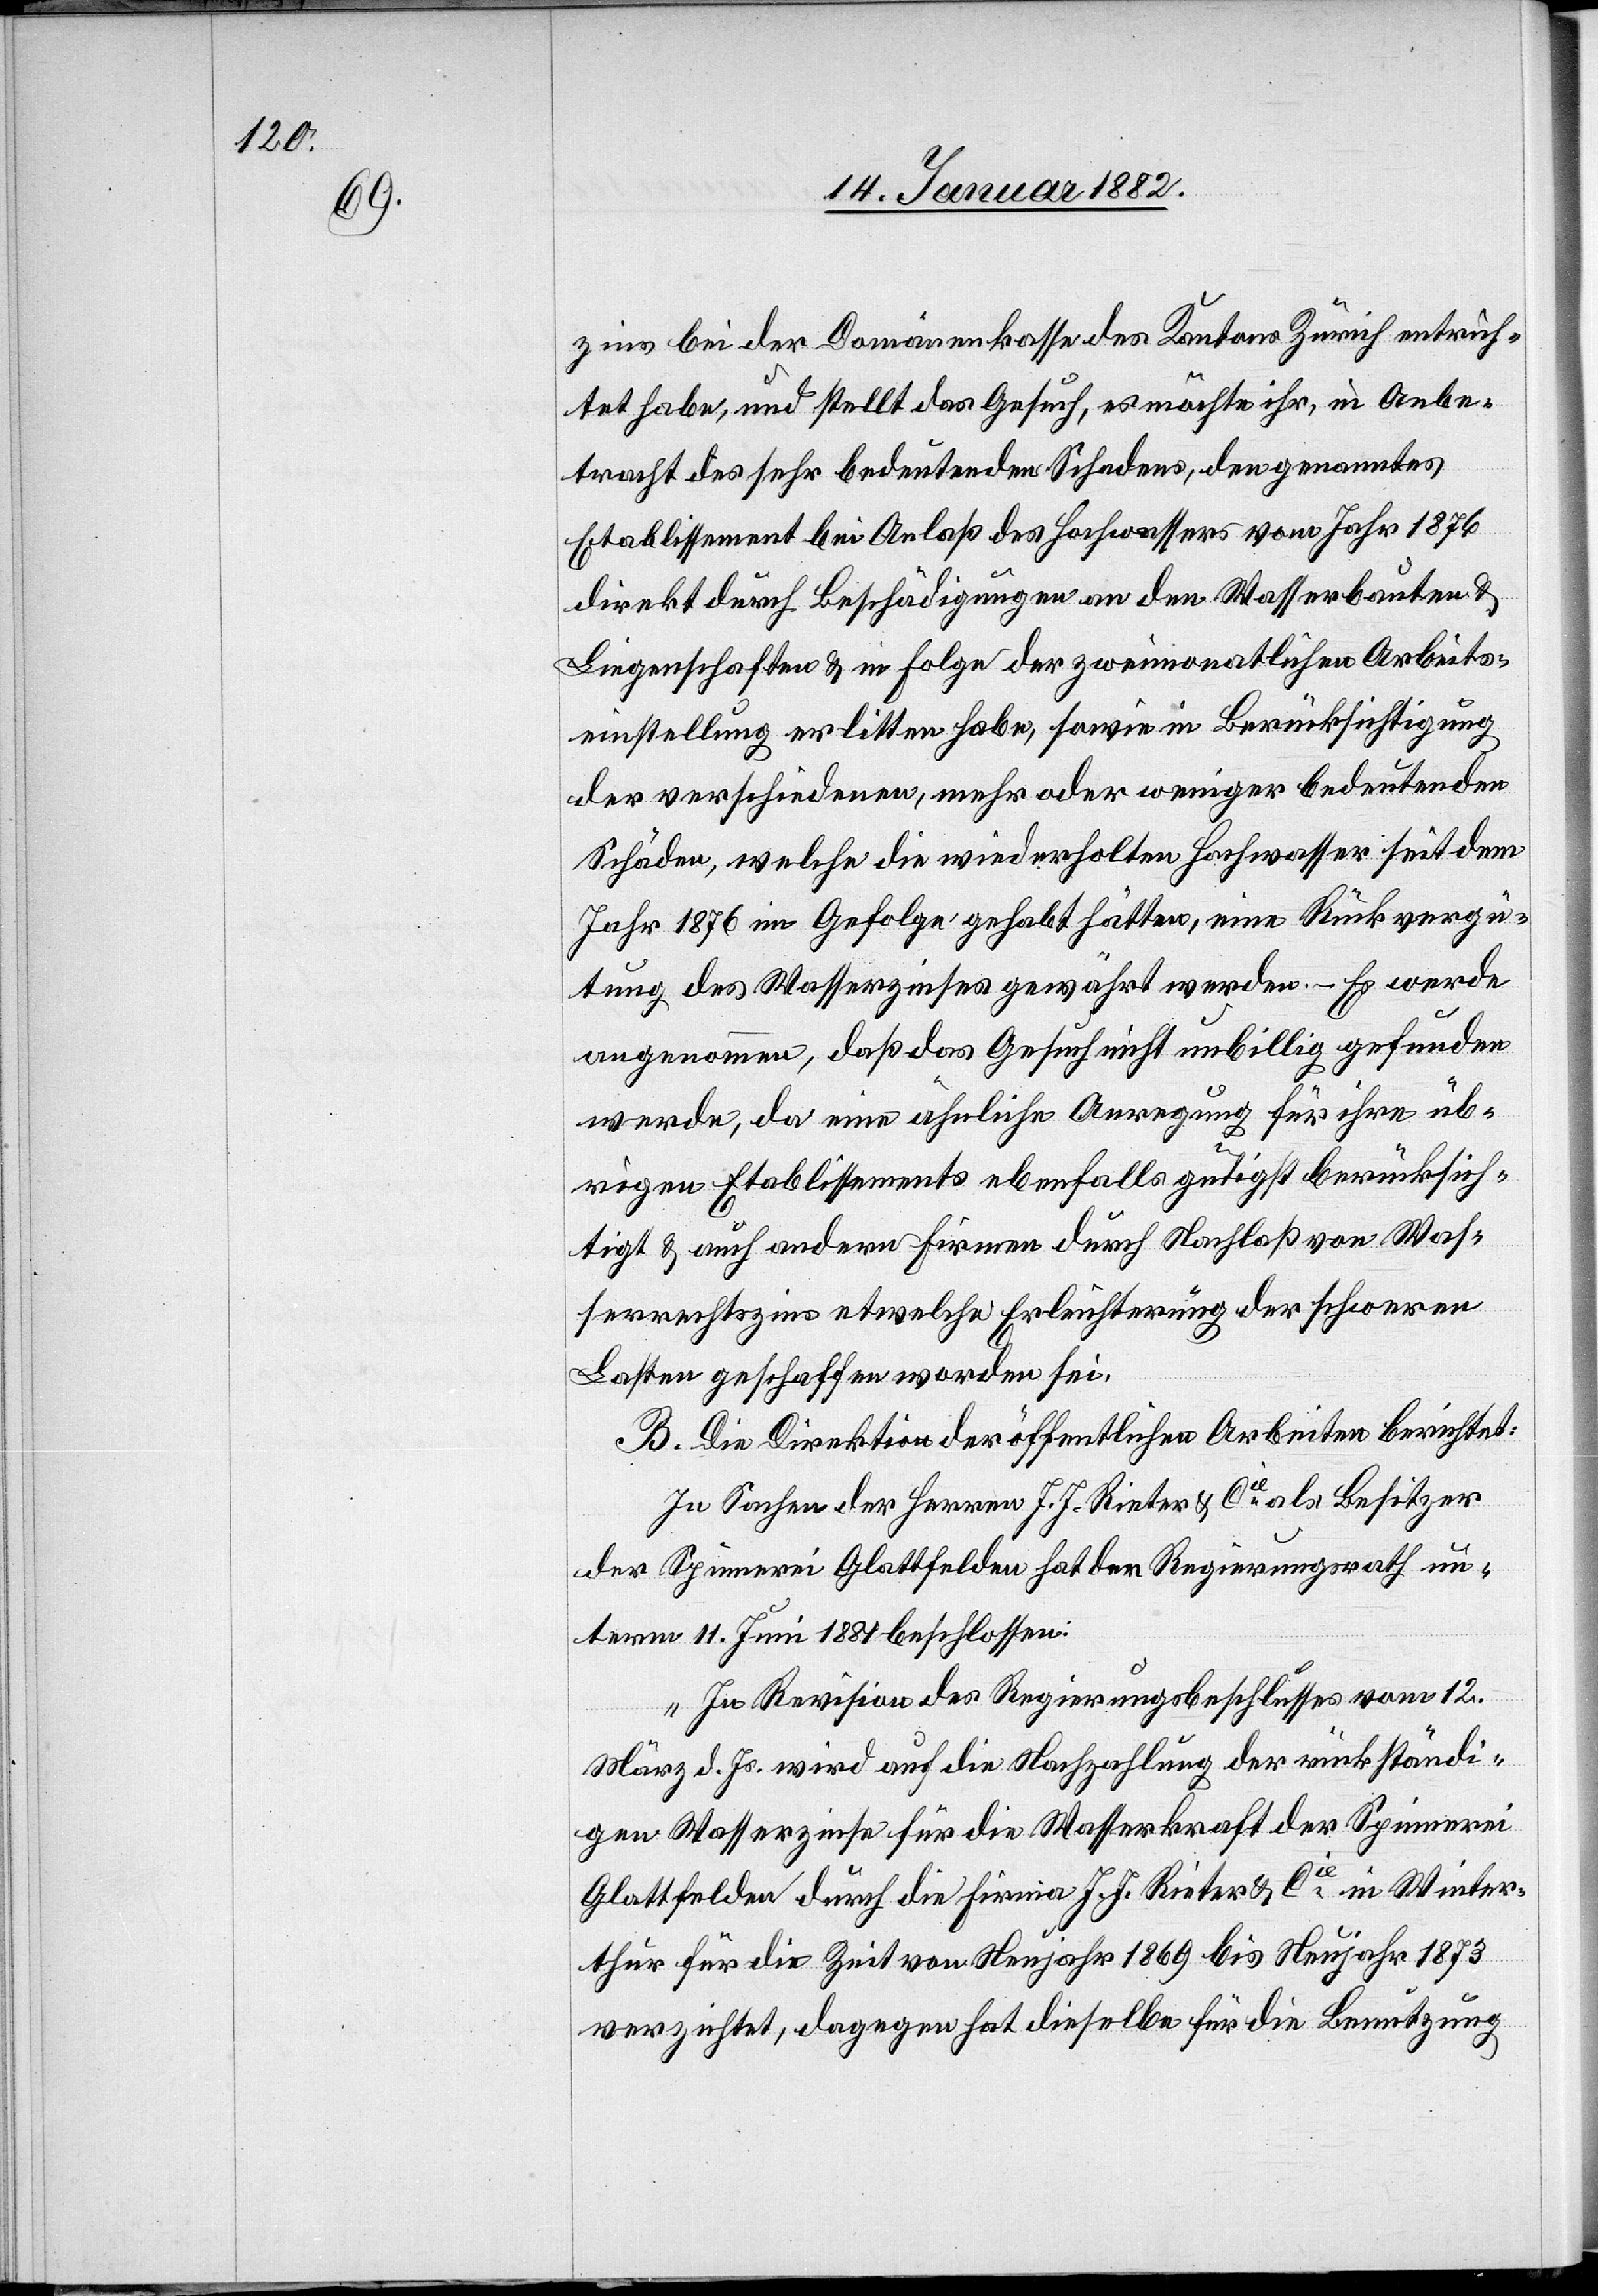
zins bei der Domänenkasse des Kantons Zürich entrich¬
tet habe, und stellt das Gesuch, es möchte ihr, in Anbe¬
tracht des sehr bedeutenden Schuldens, den genanntes
Etablissement bei Anlaß des Hochgewitters vom Jahr 1876
direkt durch Beschädigung an den Wasserbauten &
Liegenschaften & in Folge der zweimonatlichen Arbeits¬
einstellung erlittenen habe, sowie in Berücksichtigung
der verschiedenen, mehr oder weniger bedeutenden
Schäden, welche die wiederholten Hochwasser seit dem
Jahr 1876 im Gefolge gehabt hätten, eine Rückvergü¬
tung des Wasserzinses gewährt werden. – Es werde
angenommen, daß das Gesuch nicht unbillig gefunden
werde, da eine ähnliche Anregung für ihre üb¬
rigen Etablissements ebenfalls gütigst berücksich¬
tigt & auch andern Firmen durch Nachlaß von Was¬
serrechtszins etwelche Erleichterung der schweren
Lasten geschaffen worden sei.
B. Die Direktion der öffentlichen Arbeiten berichtet:
In Sachen der Herren J. J. Rieter & Cie als Besitzer
der Spinnerei Glattfelden hat der Regierungsrath un¬
term 11. Juni 1881 beschlossen:
„In Revision des Regierungsbeschlusses vom 12.
März d. Js. wird auf die Nachzahlung der rückständi¬
gen Wasserzinse für die Wasserkraft der Spinnerei
Glattfelden durch die Firma J. J. Rieter & Cie in Winter¬
thur für die Zeit von Neujahr 1869 bis Neujahr 1873
verzichtet, dagegen hat dieselbe für die Benutzung